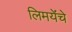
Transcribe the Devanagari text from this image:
लिमयेंंचे